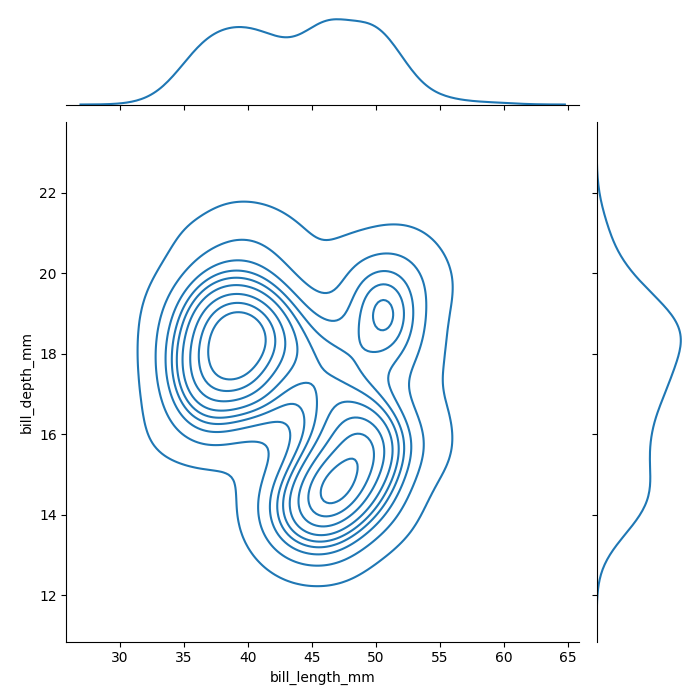
python, seaborn, jointplot, kind='kde', height='7', ratio='5', marginal_ticks='False'